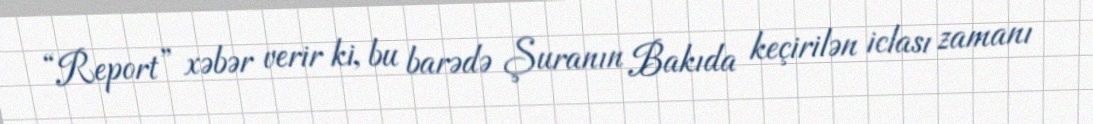
“Report” xəbər verir ki, bu barədə Şuranın Bakıda keçirilən iclası zamanı